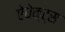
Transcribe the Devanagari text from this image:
ऐधेक्ट्स